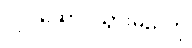
လုပ်ဆောင်သွားမည်ဟု